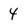
Character: 4